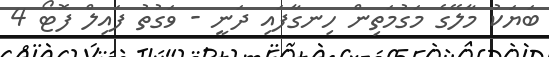
ބަޔަކު މާލޭގެ މަގުމަތިން ހިނގާފައި ދަނީ - ވަގުތު ފައިލް ފޮޓޯ 4